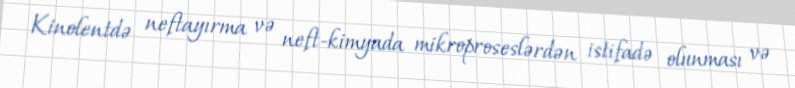
Kinolentdə neftayırma və neft-kimyada mikroproseslərdən istifadə olunması və